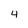
Character: 4